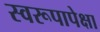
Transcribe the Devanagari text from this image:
स्वरूपापेक्षा